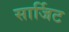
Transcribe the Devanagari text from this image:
सार्जिट